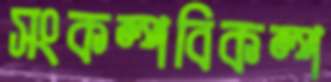
সংকল্পবিকল্প